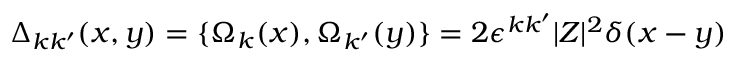
\Delta _ { k k ^ { \prime } } ( x , y ) = \{ \Omega _ { k } ( x ) , \Omega _ { k ^ { \prime } } ( y ) \} = 2 \epsilon ^ { k k ^ { \prime } } | Z | ^ { 2 } \delta ( x - y )